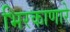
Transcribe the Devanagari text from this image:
भिरकाणारे